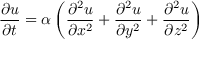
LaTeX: { \frac { \partial u } { \partial t } } = \alpha \left( { \frac { \partial ^ { 2 } u } { \partial x ^ { 2 } } } + { \frac { \partial ^ { 2 } u } { \partial y ^ { 2 } } } + { \frac { \partial ^ { 2 } u } { \partial z ^ { 2 } } } \right)